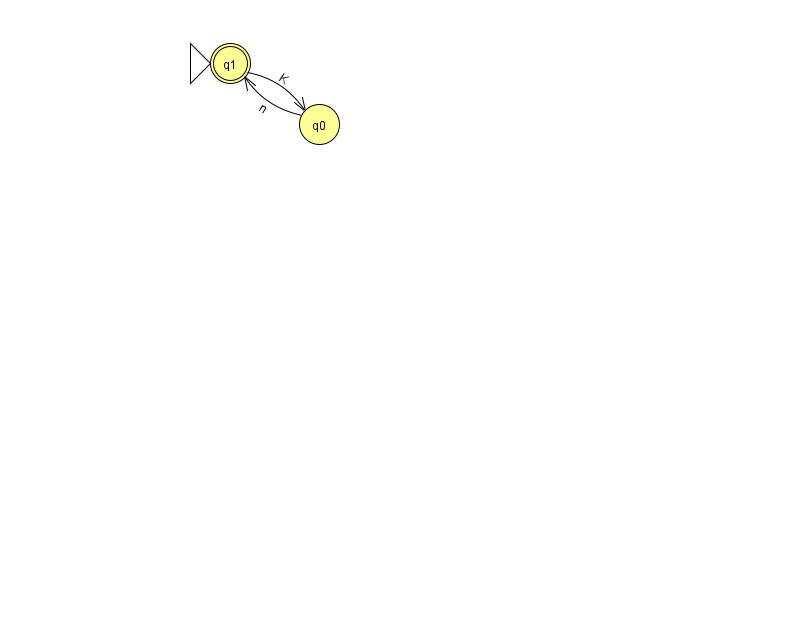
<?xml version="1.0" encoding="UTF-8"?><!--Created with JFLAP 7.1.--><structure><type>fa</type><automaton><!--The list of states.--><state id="0" name="q0"><x>319.0</x><y>111.0</y></state><state id="1" name="q1"><x>230.0</x><y>50.0</y><initial/><final/></state><!--The list of transitions.--><transition><from>1</from><to>0</to><read>K</read></transition><transition><from>0</from><to>1</to><read>n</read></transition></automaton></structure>